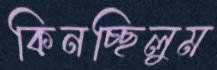
কিনচ্ছিলুম